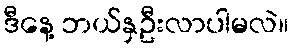
ဒီနေ့ ဘယ်နှဦးလာပါမလဲ။